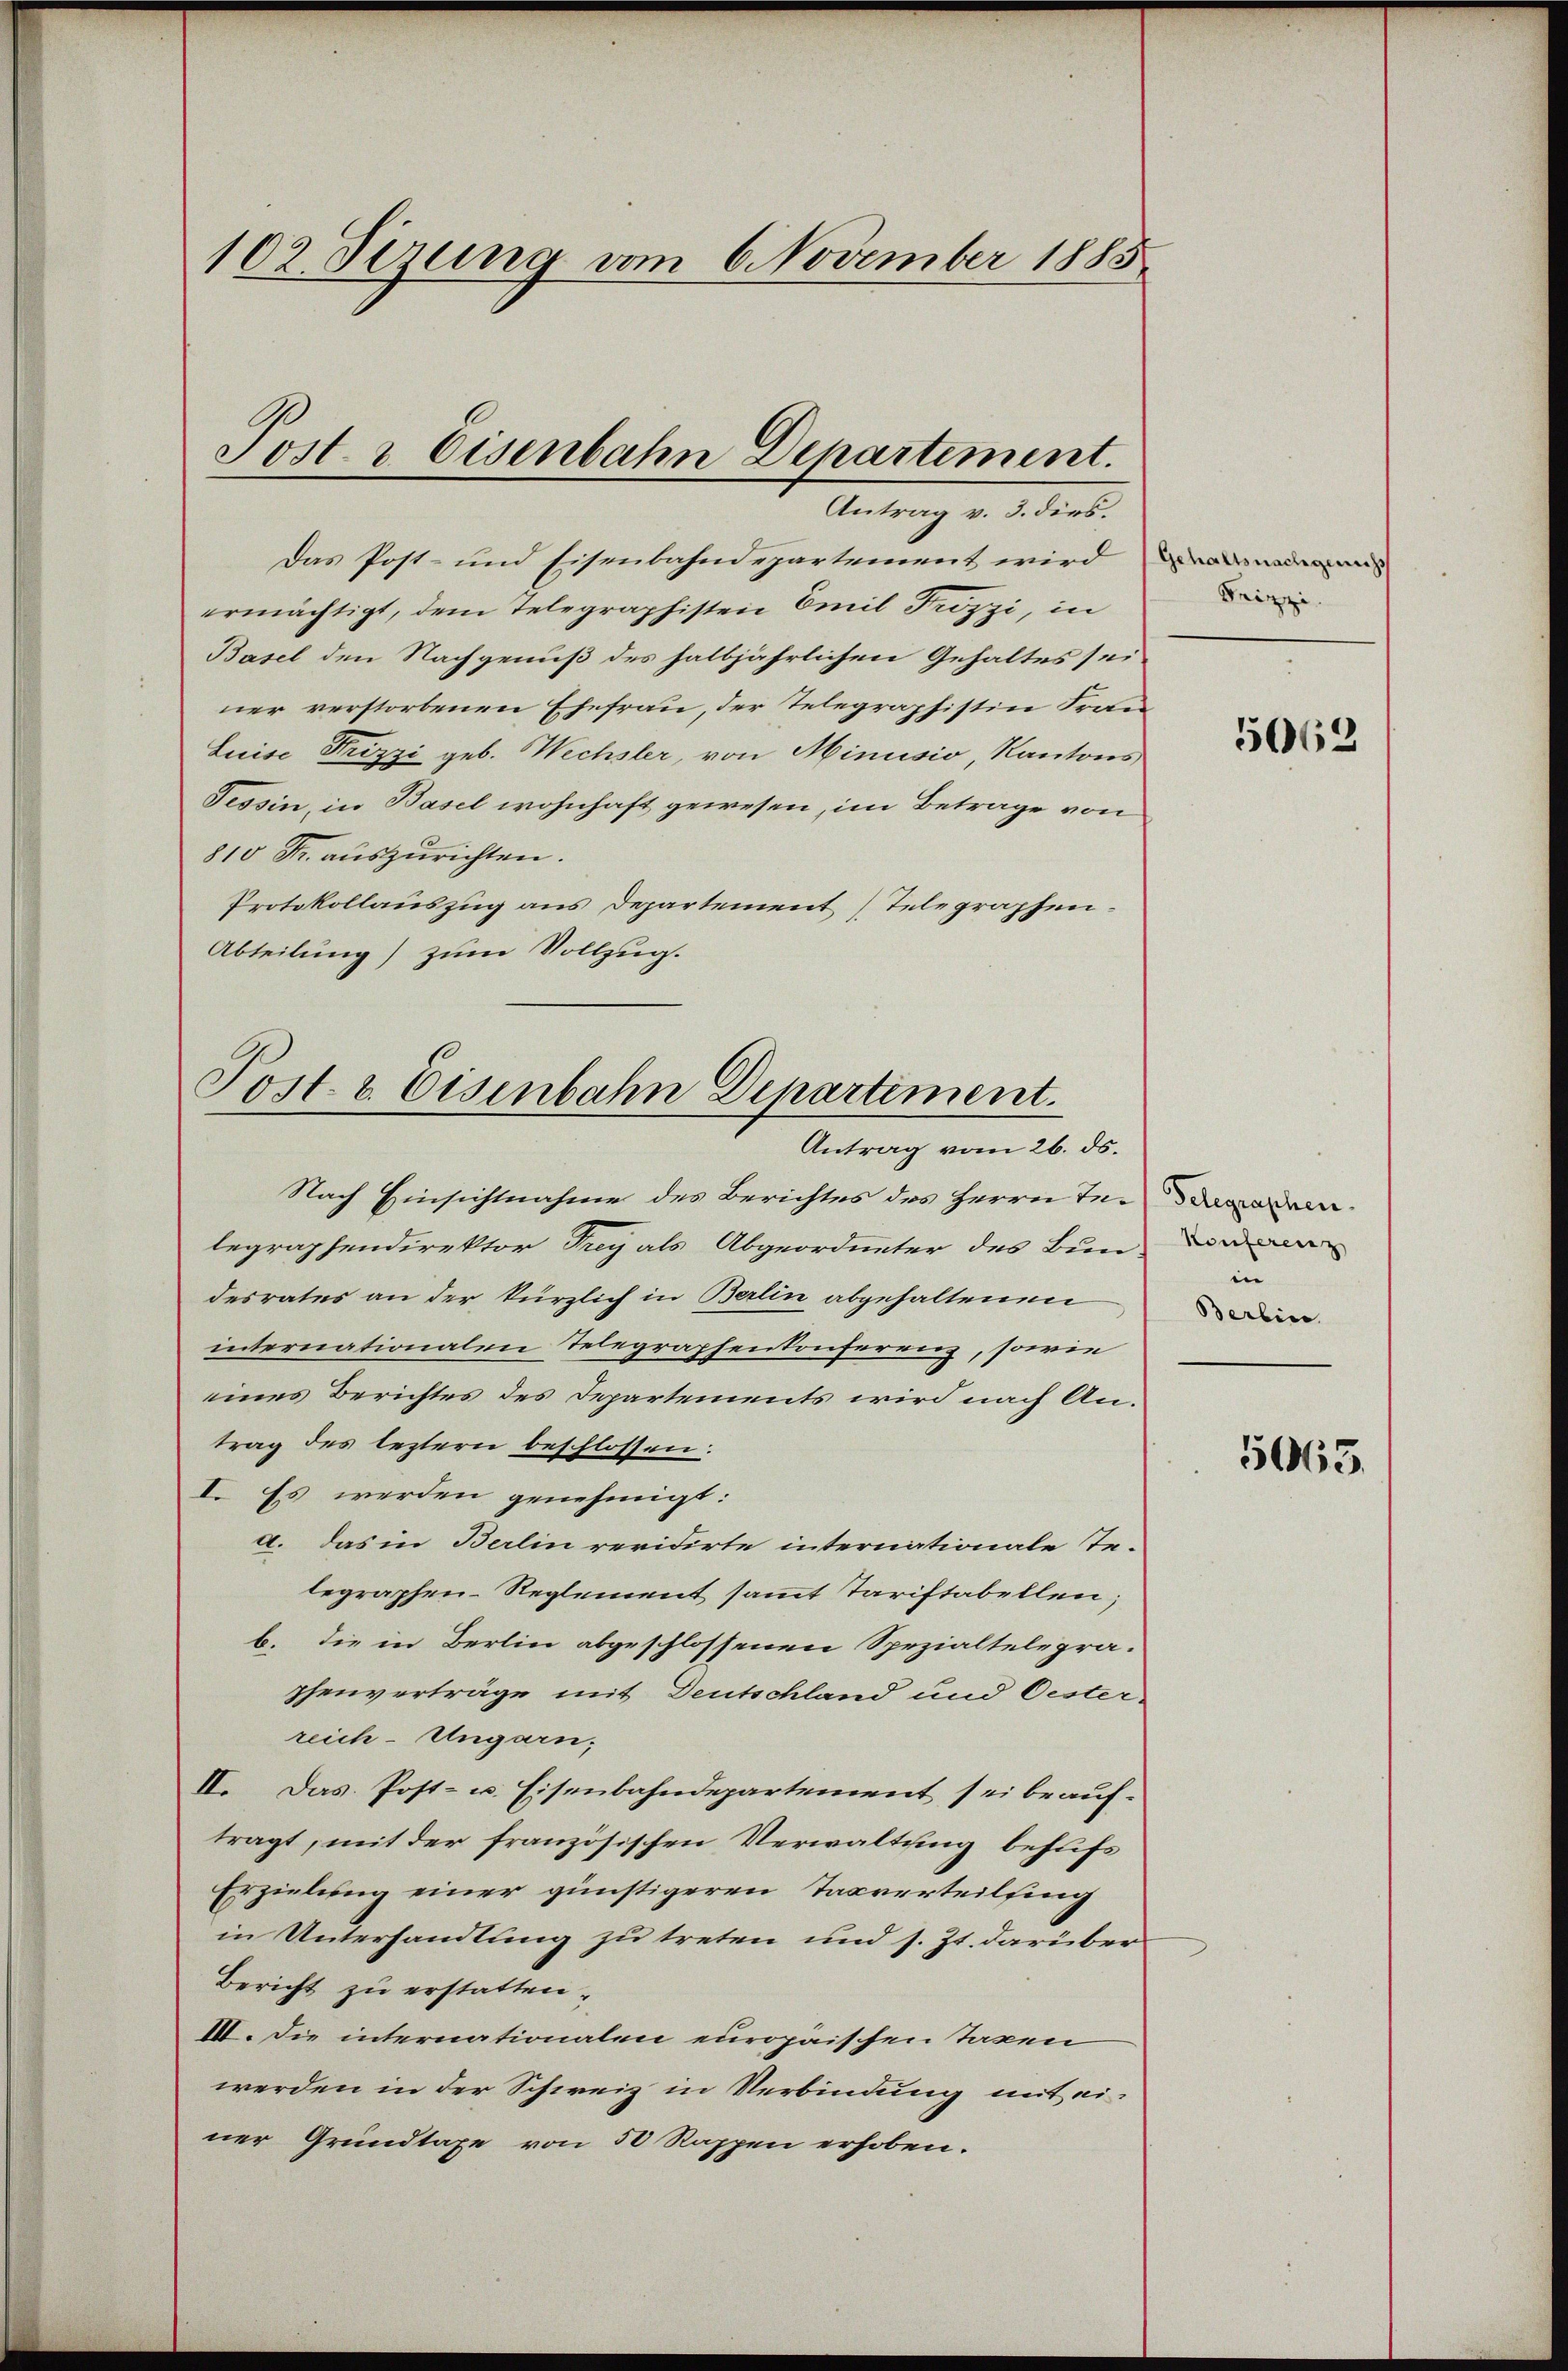
102 Sizung vom 6 November 1885

Post & Eisenbahn Departement.
Antrag v. 3. dies.

Das Post- und Eisenbahndepartement wird
ermächtigt, dem Telegraphisten Emil Trozzi, in
Basel den Nachgenuß des halbjährlichen Gehaltes seiner verstorbenen Ehefrau, der Telegraphistin Frau
Luise Prizzi geb. Wechsler, von Minusio, Kantons
Tessin, in Basel wohnhaft gewesen, im Betrage von
810 Fr. auszurichten.
Protokollauszug aus Departement Telegraphen.
Abteilung) zum Vollzug.

Antrag vom 26. ds.
Nach Einsichtnahme des Berichtes des Herrn Te-davadem
legraphendirektor Frey als Abgeordneter des Bunden
desrates an der kürzlich in Berlin abgehaltenen
internationalen Telegraphenkonferenz, sowie
eines Berichtes des Departements wird nach Antrag des leztern beschlossen:
I. Es werden genehmigt:
a. Das in Berlin revidirte internationale Te-
legraphen-Reglement sammt Tariftabellen;
b. die in Berlin abgeschlossenen Spezialtelepra-
phenverträge mit Deutschland und Oester-
reich-Ungarn,
II. Das Post- u. Eisenbahndepartement sei beauftragt, mit der französischen Verwaltung behufs
Erzielung einer günstigeren Tagverteilsing
in Unterhandlung zu treten und s. Zt. darüber
Bericht zu erstatten.
IV. Die internationalen europäischen Taxen
werden in der Schweiz in Verbindung mit einer Grundtage von 50 Rappen erhoben.

Post & Eisenbahn Departement.

Brinzi

5062

iie
Berlin

5663.